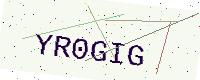
Text: YR0GIG